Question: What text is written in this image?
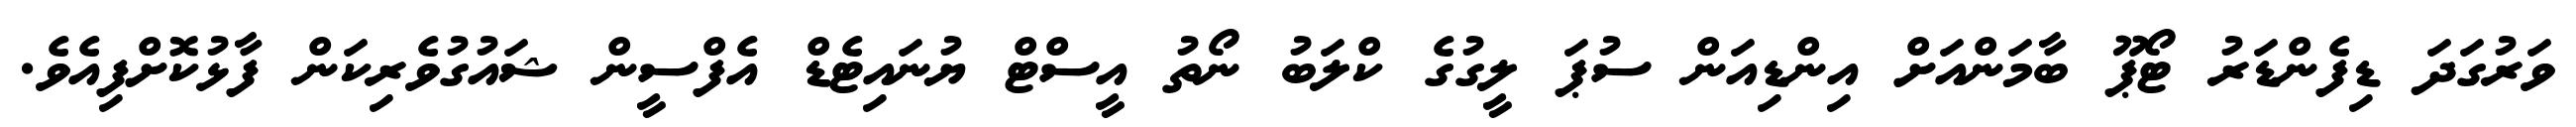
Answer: ވަރުގަދަ ޑިފެންޑަރު ޓޯޕޫ ބާމަންއަށް އިންޑިއަން ސުޕަ ލީގުގެ ކްލަބު ނޯތު އީސްޓް ޔުނައިޓެޑް އެފްސީން ޝައުގުވެރިކަން ފާޅުކޮށްފިއެވެ.